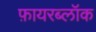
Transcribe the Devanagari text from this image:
फ़ायरब्लॉक